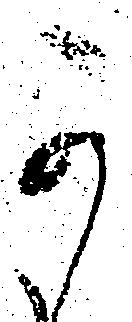
可